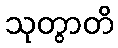
သုတွာတိ